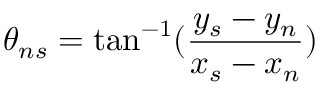
\theta _ { n s } = \tan ^ { - 1 } ( \frac { y _ { s } - y _ { n } } { x _ { s } - x _ { n } } )